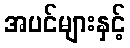
အပင်များနှင့်